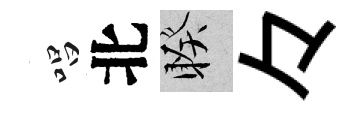
唱北睽々